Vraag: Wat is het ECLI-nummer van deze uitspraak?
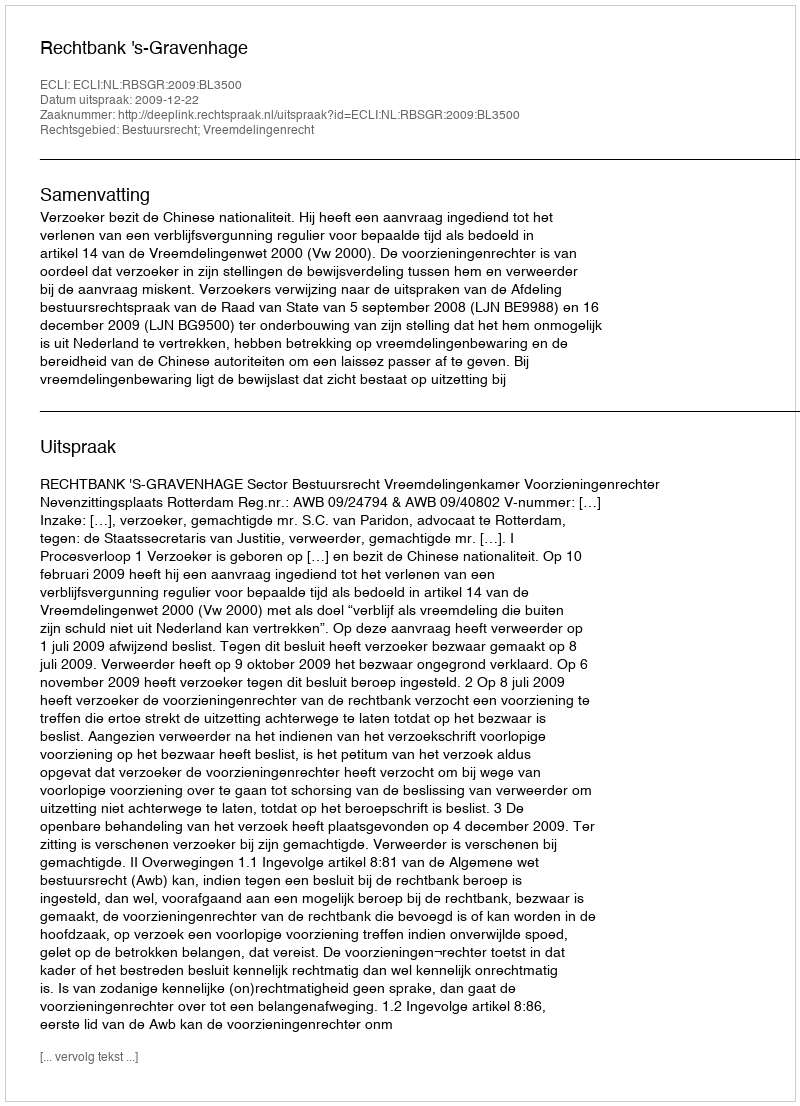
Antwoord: ECLI:NL:RBSGR:2009:BL3500